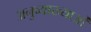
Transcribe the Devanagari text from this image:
अनुव्याख्याओं